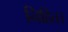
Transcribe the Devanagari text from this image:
निहित।